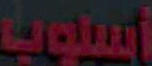
أسلوب